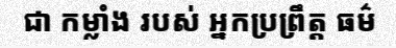
ជា កម្លាំង របស់ អ្នកប្រព្រឹត្ត ធម៌